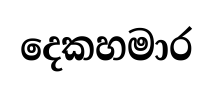
දෙකහමාර